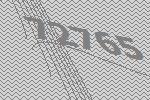
72765